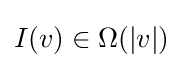
I(v)\in \Omega (|v|)